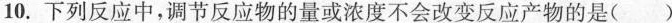
10.下列反应中，调节反应物的量或浓度不会改变反应产物的是（ ）